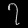
Digit: ၇